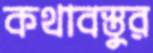
কথাবস্তুর